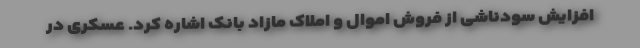
افزایش سودناشی از فروش اموال و املاک مازاد بانک اشاره کرد. عسکری در